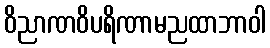
ဝိညာဏဝိပရိဏာမညထာဘာဝါ